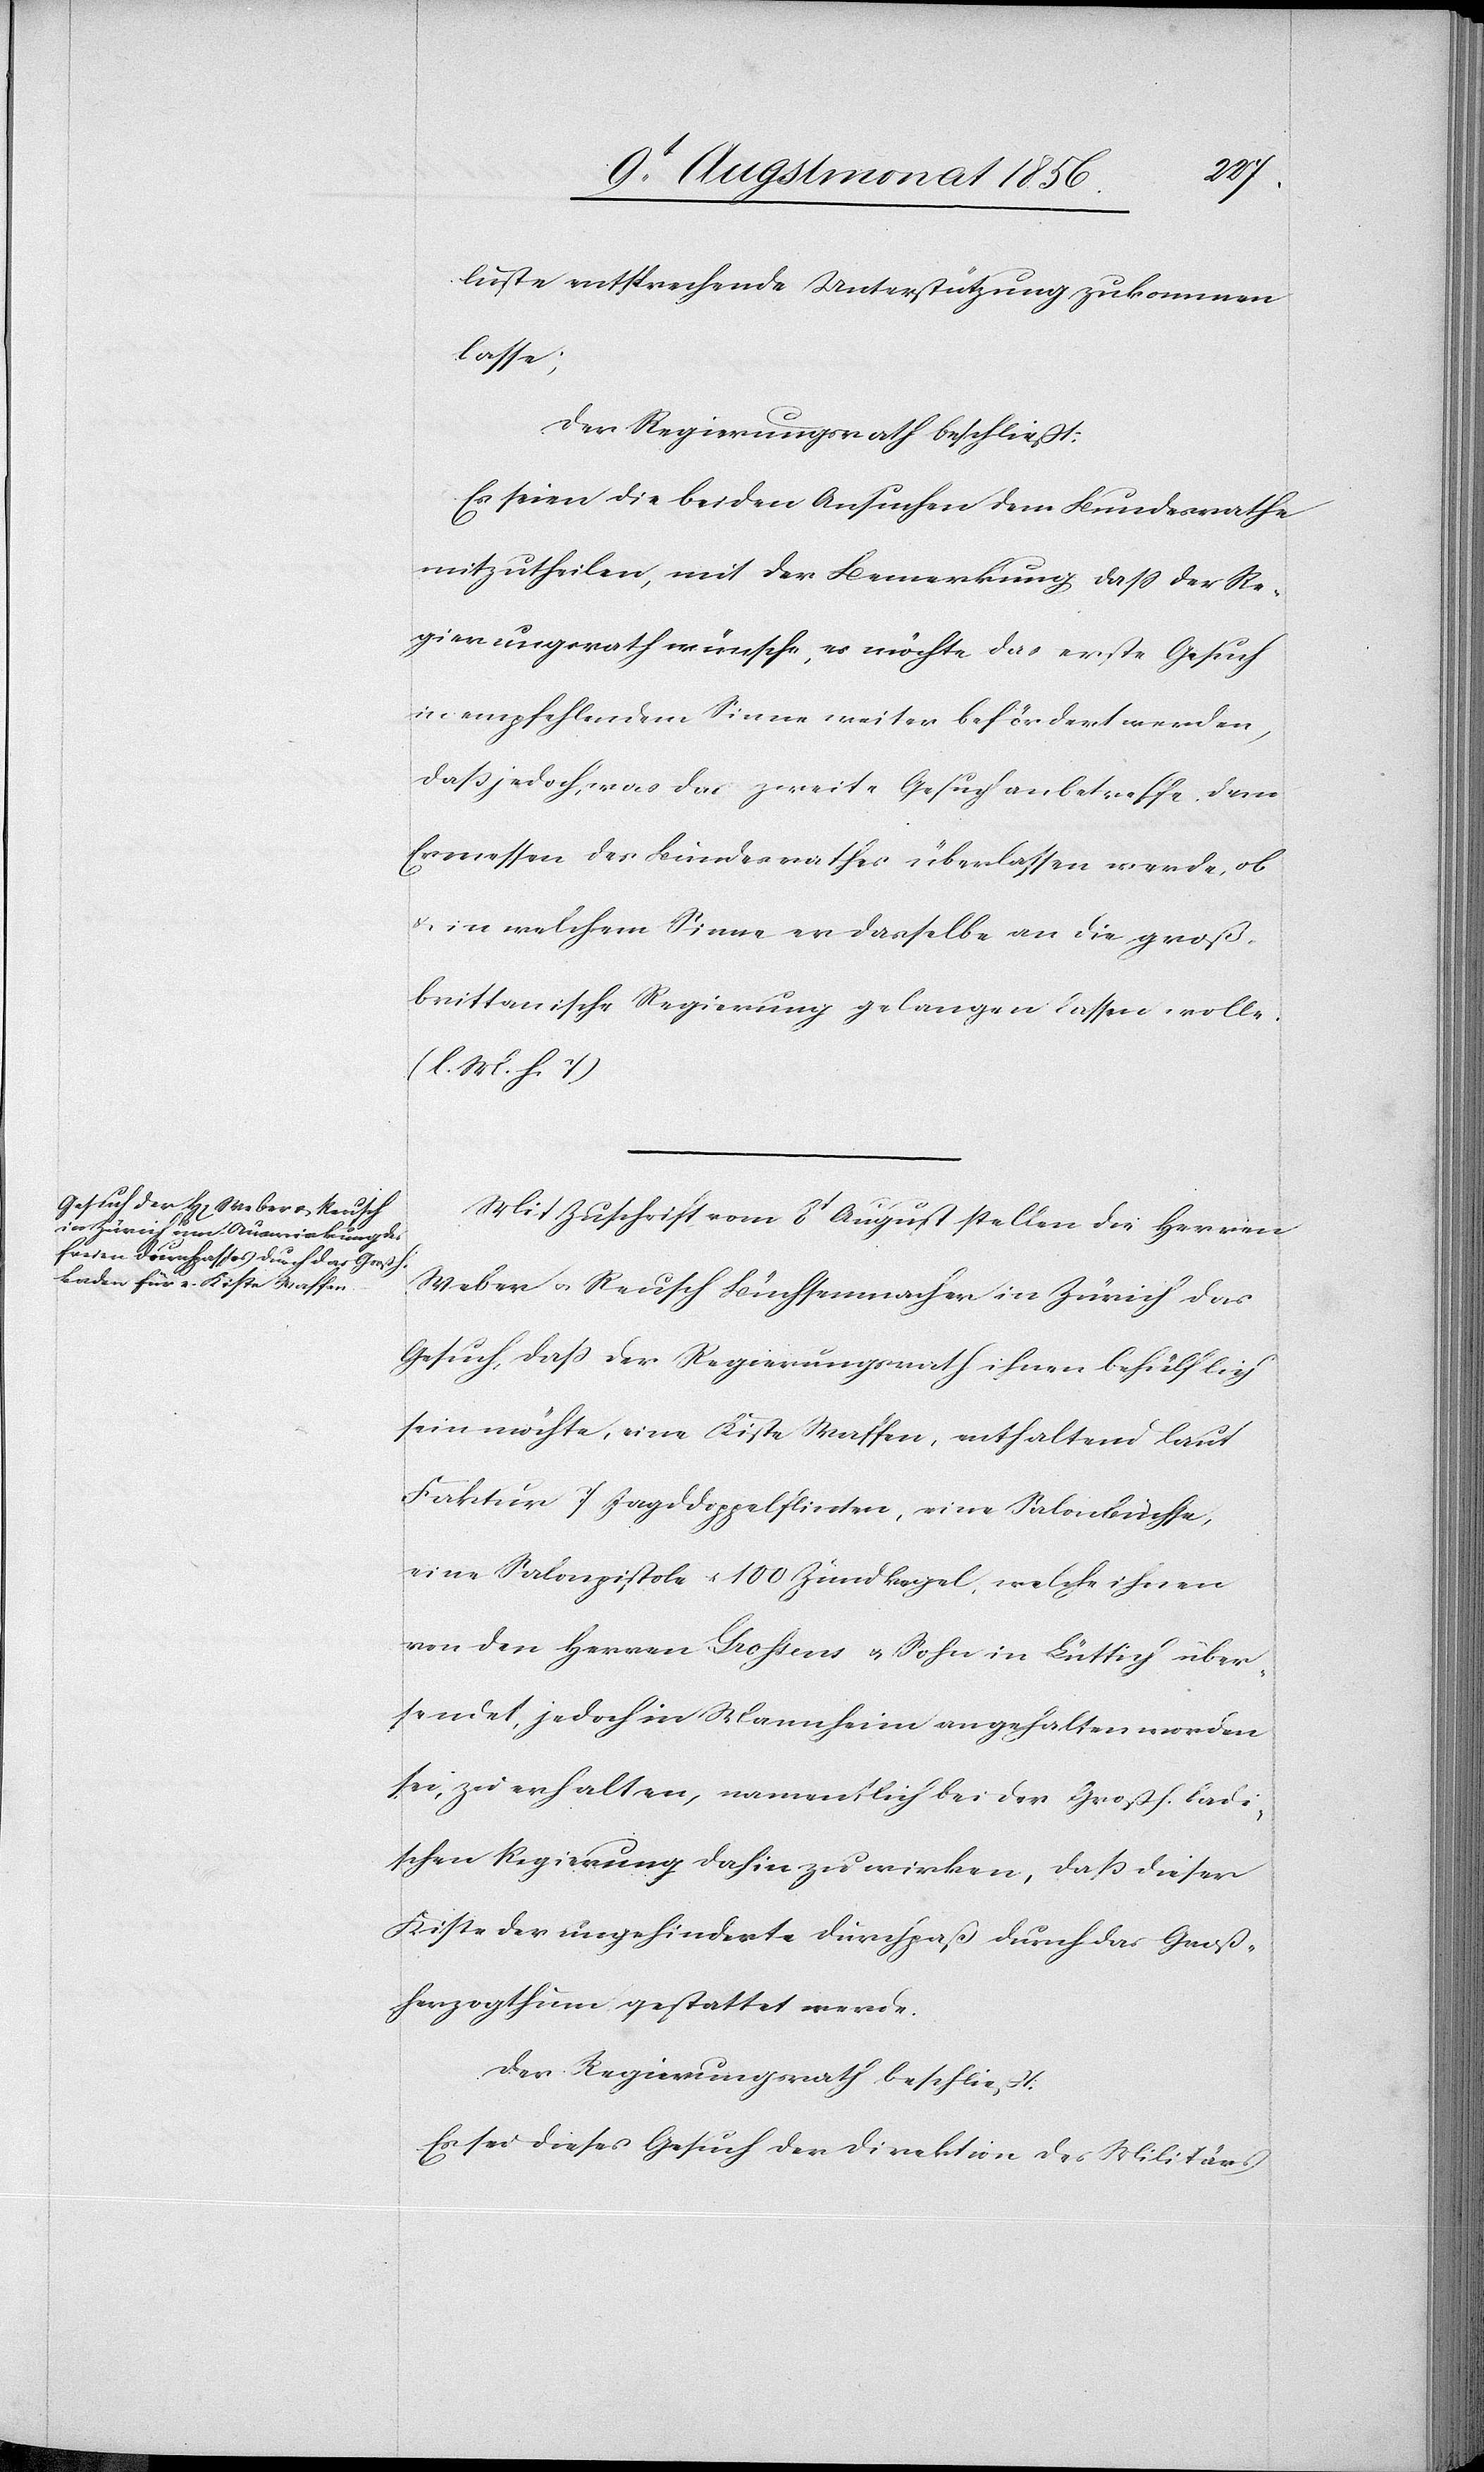
luste entsprechende Unterstützung zukommen
Grossens
der Regierungsrath beschließt:
Es seien die beiden Ansuchen dem Bundesrathe
mitzutheilen, mit der Bemerkung, dass der Re¬
gierungsrath wünsche, es möchte das erste Gesuch
in empfehlendem Sinne weiter befördert werden,
dass jedoch, was das zweite Gesuch anbetreffe, dem
Ermessen des Bundesrathes überlassen werde, ob
& in welchem Sinne er dasselbe an die groß¬
brittanische Regierung gelangen lassen wolle.
(l. M. h. T.)
Mit Zuschrift vom 8t August stellen die Herren
Weber u. Reusch Büchsenmacher in Zürich das
Gesuch, dass der Regierungsrath ihnen behülflich
sein möchte, eine Kiste Waffen, enthaltend laut
Faktur 7 Jagddoppelflinten, eine Salonbüchse,
eine Salonpistole u. 100 Zündkegel, welche ihnen
übersendet, jedoch in Mannheim angehalten worden
sei, zu erhalten, namentlich bei der Großh. badi¬
schen Regierung dahin zu wirken, dass dieser
Kiste der ungehinderte Durchpaß durch das Groß¬
herzogthum gestattet werde.
Der Regierungsrath beschließt:
Es sei dieses Gesuch der Direktion des Militärs